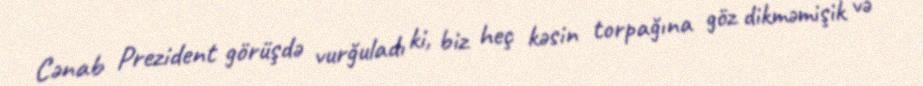
Cənab Prezident görüşdə vurğuladı ki, biz heç kəsin torpağına göz dikməmişik və